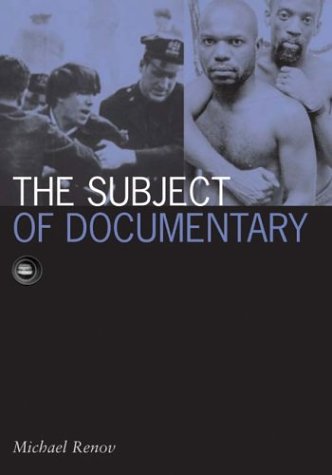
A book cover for Subject Of Documentary (Visible Evidence); Michael Renov; Humor & Entertainment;